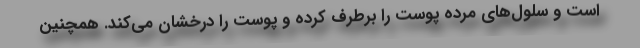
است و سلول‌های مرده پوست را برطرف کرده و پوست را درخشان می‌کند. همچنین